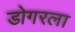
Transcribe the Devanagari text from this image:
डोगरला